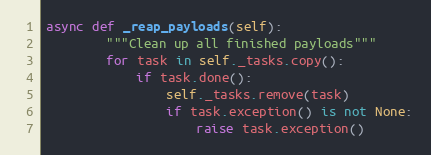
Language: Python
async def _reap_payloads(self):
        """Clean up all finished payloads"""
        for task in self._tasks.copy():
            if task.done():
                self._tasks.remove(task)
                if task.exception() is not None:
                    raise task.exception()